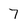
Character: 7